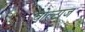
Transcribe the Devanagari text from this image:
वोल्टाज